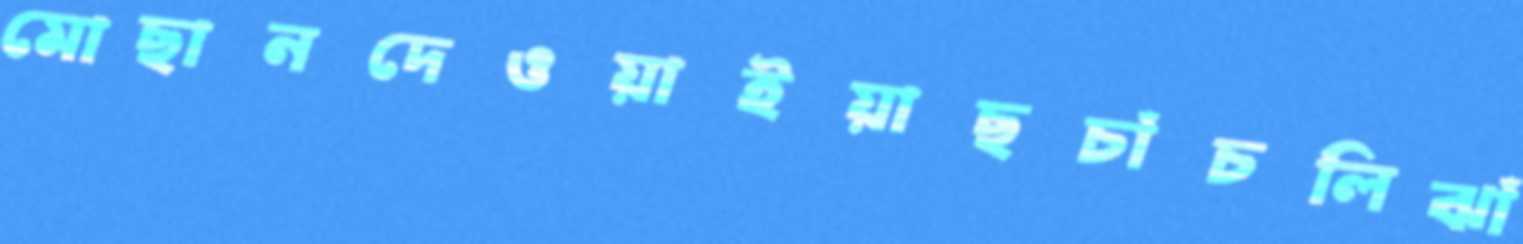
মোছানদেওয়াইয়াছচাঁচলিঝাঁ